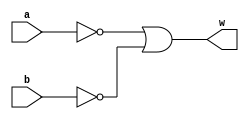
module Q3_NAND(input a,b, output w);//worst case delay (8,7)
  wire j1,j2,j3;
  nor #(3,2) (j1,a,a),(j2,b,b),(j3,j1,j2),(w,j3,j3);
endmodule